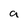
Character: a